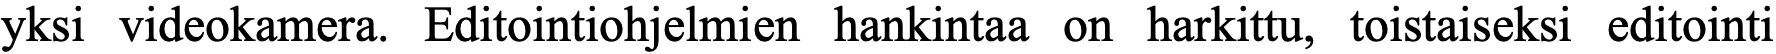
yksi videokamera. Editointiohjelmien hankintaa on harkittu, toistaiseksi editointi